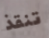
تنقذ